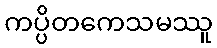
ကပ္ပိတကေသမဿူ